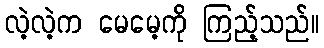
လဲ့လဲ့က မေမေ့ကို ကြည့်သည်။